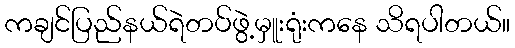
ကချင်ပြည်နယ်ရဲတပ်ဖွဲ့မှူးရုံးကနေ သိရပါတယ်။